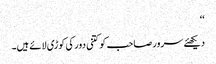
‘‘
دیکھئے سرور صاحب کو کتنی دور کی کوڑی لائے ہیں۔